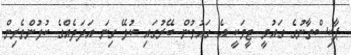
ޕާކިސްތާނުގެ ގައުމީ ޓީމަކީ އެ ގައުމުން ބޭރުގައި ކުޅޭ ގިނަ އަދަދެއްގެ ކުޅުންތެރިން